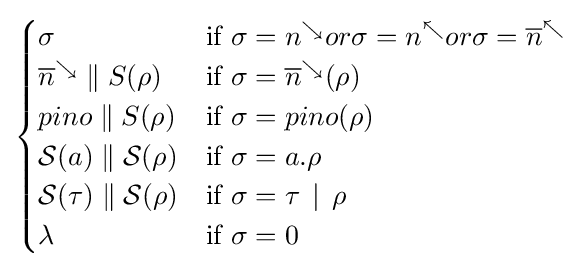
{\begin{cases}\sigma &{\mbox{if }}\sigma =n^{\searrow }or\sigma =n^{\nwarrow }or\sigma ={\overline {n}}^{\nwarrow }\\{\overline {n}}^{\searrow }\;\|\;S(\rho )&{\mbox{if }}\sigma ={\overline {n}}^{\searrow }(\rho )\\pino\;\|\;S(\rho )&{\mbox{if }}\sigma =pino(\rho )\\{\mathcal {S}}(a)\;\|\;{\mathcal {S}}(\rho )&{\mbox{if }}\sigma =a.\rho \\{\mathcal {S}}(\tau )\;\|\;{\mathcal {S}}(\rho )&{\mbox{if }}\sigma =\tau \,\mid \,\rho \\\lambda &{\mbox{if }}\sigma =0\end{cases}}